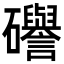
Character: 𥗻